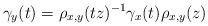
LaTeX: \begin{align*}\gamma_{y}(t)=\rho_{x,y}(tz)^{-1}\gamma_{x}(t)\rho_{x,y}(z)\end{align*}